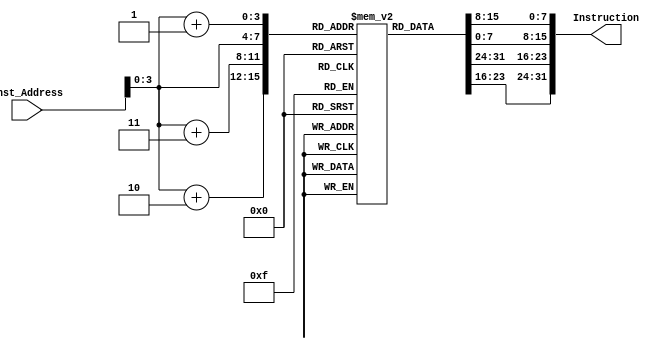
module Instruction_Memory(
    input [63:0] Inst_Address,
    output [31:0] Instruction
);

  reg [7:0] memory [15:0];

  initial begin
    		memory[0] = 8'b00010011;
		memory[1] = 8'b00001011;
		memory[2] = 8'b00000000;
		memory[3] = 8'b00000000;
		memory[4] = 8'b10010011;
		memory[5] = 8'b00001011;
		memory[6] = 8'b00000000;
		memory[7] = 8'b00000000;
		memory[8] = 8'b00010011;
		memory[9] = 8'b00001100;
		memory[10] = 8'b00000000;
		memory[11] = 8'b00000000;
		memory[12] = 8'b10010011;
		memory[13] = 8'b00001100;
		memory[14] = 8'b00000000;
		memory[15] = 8'b00000000;
		memory[16] = 8'b10010011;
		memory[17] = 8'b00000010;
		memory[18] = 8'b00000000;
		memory[19] = 8'b00000000;
		memory[20] = 8'b00010011;
		memory[21] = 8'b00000011;
		memory[22] = 8'b00000000;
		memory[23] = 8'b00000000;
		memory[24] = 8'b10010011;
		memory[25] = 8'b00000011;
		memory[26] = 8'b00000000;
		memory[27] = 8'b00000000;
		memory[28] = 8'b00010011;
		memory[29] = 8'b00001101;
		memory[30] = 8'b01000000;
		memory[31] = 8'b00000000;
		memory[32] = 8'b00000011;
		memory[33] = 8'b00110011;
		memory[34] = 8'b11111100;
		memory[35] = 8'b00000000;
		memory[36] = 8'b10000011;
		memory[37] = 8'b10110011;
		memory[38] = 8'b11111100;
		memory[39] = 8'b00000000;
		memory[40] = 8'b01100011;
		memory[41] = 8'b01000100;
		memory[42] = 8'b01110011;
		memory[43] = 8'b00000010;
		memory[44] = 8'b10010011;
		memory[45] = 8'b10001100;
		memory[46] = 8'b10001100;
		memory[47] = 8'b00000000;
		memory[48] = 8'b10010011;
		memory[49] = 8'b10001011;
		memory[50] = 8'b00011011;
		memory[51] = 8'b00000000;
		memory[52] = 8'b11100011;
		memory[53] = 8'b10010110;
		memory[54] = 8'b10101011;
		memory[55] = 8'b11111111;
		memory[56] = 8'b10010011;
		memory[57] = 8'b00001011;
		memory[58] = 8'b00000000;
		memory[59] = 8'b00000000;
		memory[60] = 8'b10010011;
		memory[61] = 8'b00001100;
		memory[62] = 8'b00000000;
		memory[63] = 8'b00000000;
		memory[64] = 8'b00010011;
		memory[65] = 8'b00001011;
		memory[66] = 8'b00011011;
		memory[67] = 8'b00000000;
		memory[68] = 8'b00010011;
		memory[69] = 8'b00001100;
		memory[70] = 8'b10001100;
		memory[71] = 8'b00000000;
		memory[72] = 8'b11100011;
		memory[73] = 8'b00011100;
		memory[74] = 8'b10101011;
		memory[75] = 8'b11111101;
		memory[76] = 8'b01100011;
		memory[77] = 8'b00001010;
		memory[78] = 8'b00000000;
		memory[79] = 8'b00000000;
		memory[80] = 8'b10010011;
		memory[81] = 8'b00000010;
		memory[82] = 8'b00000011;
		memory[83] = 8'b00000000;
		memory[84] = 8'b10100011;
		memory[85] = 8'b00110111;
		memory[86] = 8'b01111100;
		memory[87] = 8'b00000000;
		memory[88] = 8'b10100011;
		memory[89] = 8'b10110111;
		memory[90] = 8'b01011100;
		memory[91] = 8'b00000000;
		memory[92] = 8'b11100011;
		memory[93] = 8'b00001000;
		memory[94] = 8'b00000000;
		memory[95] = 8'b11111100;
  end

  assign Instruction = {memory[Inst_Address+3], memory[Inst_Address+2], memory[Inst_Address+1], memory[Inst_Address]}; 

endmodule